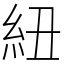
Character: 紐